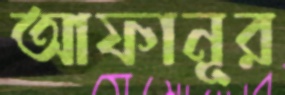
আফানূর